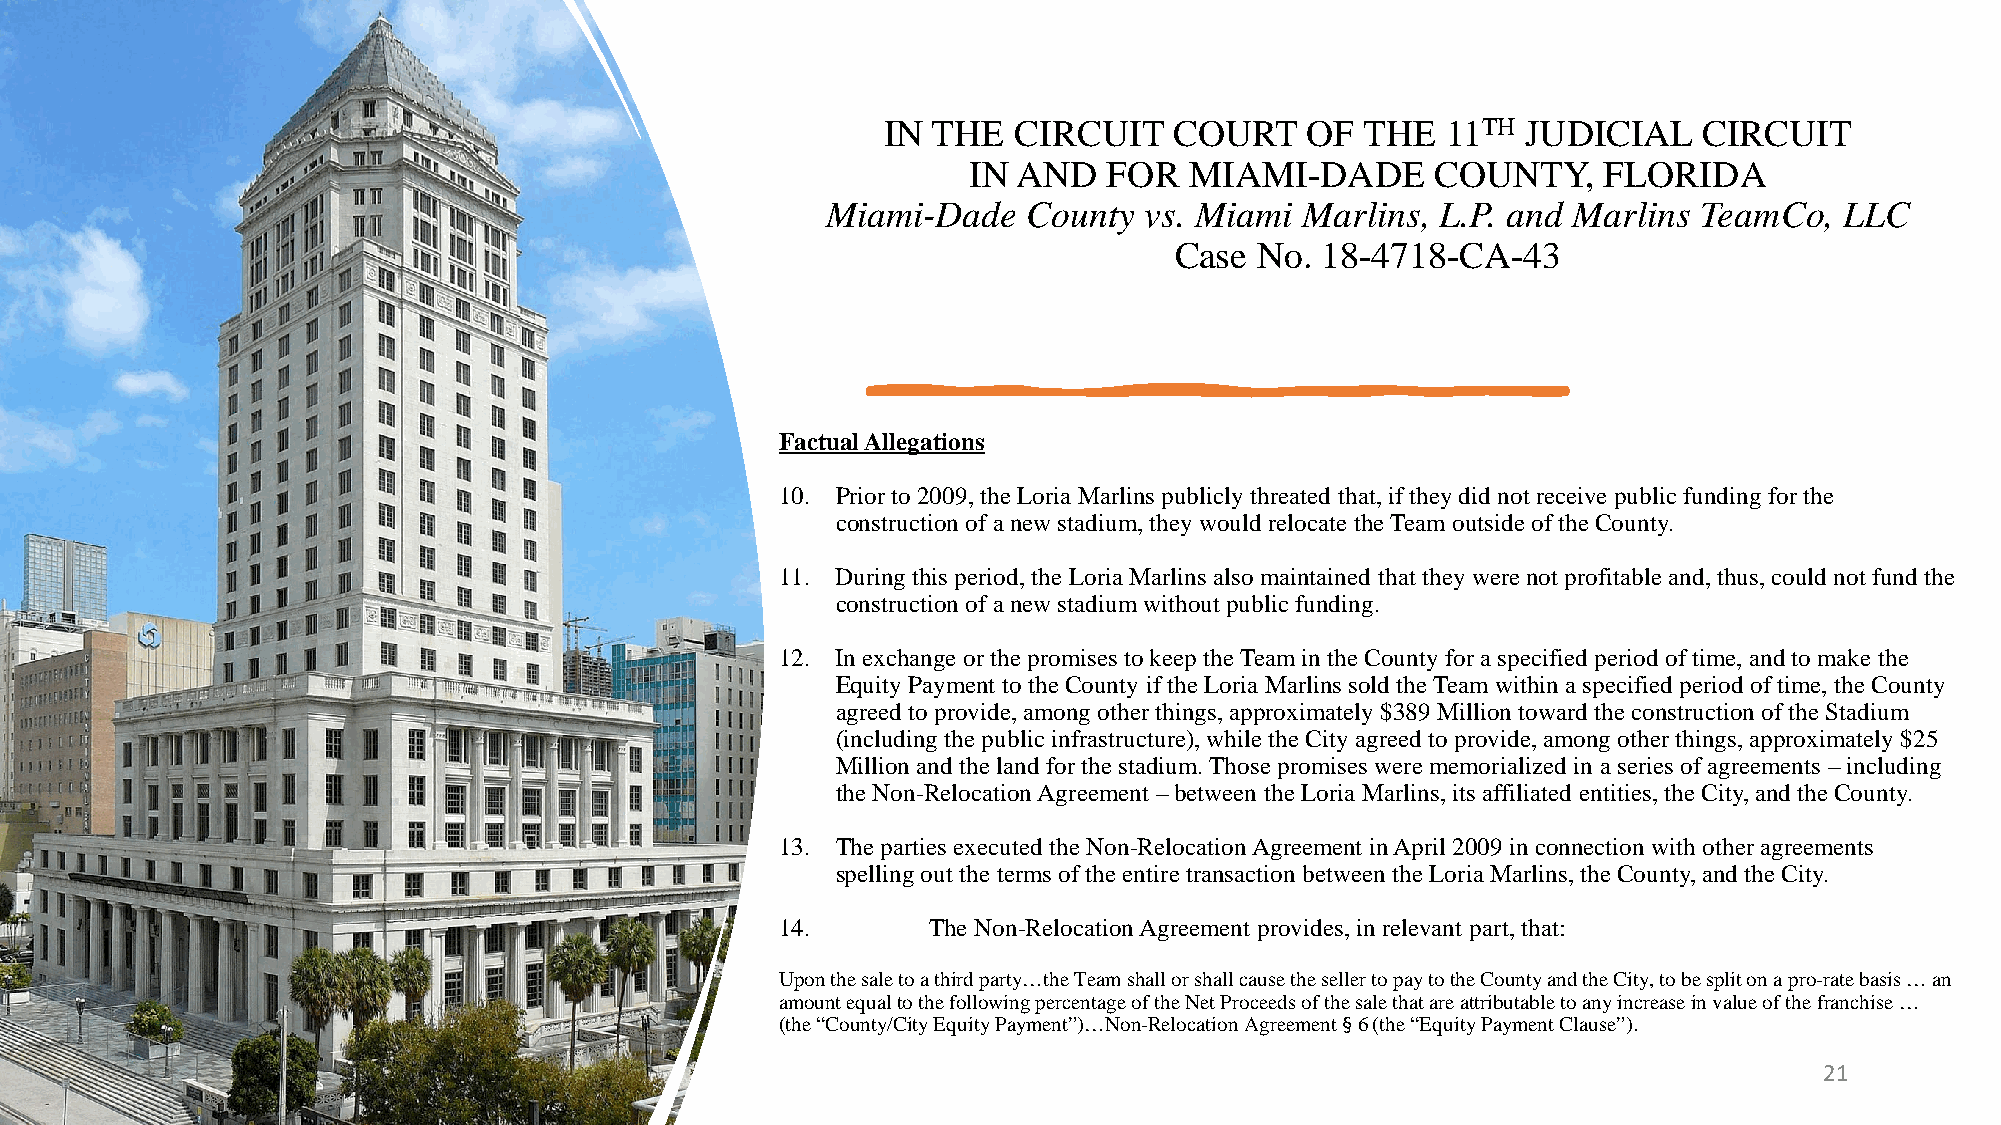
IN THE  CIRCUIT    COURT   OF  THE   11TH JUDICIAL    CIRCUIT
 IN AND   FOR   MIAMI-DADE      COUNTY,    FLORIDA
 Miami-Dade   County  vs. Miami Marlins, L.P. and Marlins  TeamCo,  LLC
 Case No. 18-4718-CA-43
 Factual Allegations
 10. Prior to 2009, the Loria Marlins publicly threated that, if they did not receive public funding for the
 construction of a new stadium, they would relocate the Team outside of the County.
 11. During this period, the Loria Marlins also maintained that they were not profitable and, thus, could not fund the
 construction of a new stadium without public funding.
 12. In exchange or the promises to keep the Team in the County for a specified period of time, and to make the
 Equity Payment to the County if the Loria Marlins sold the Team within a specified period of time, the County
 agreed to provide, among other things, approximately $389 Million toward the construction of the Stadium
 (including the public infrastructure), while the City agreed to provide, among other things, approximately $25
 Million and the land for the stadium. Those promises were memorialized in a series of agreements – including
 the Non-Relocation Agreement – between the Loria Marlins, its affiliated entities, the City, and the County.
 13. The parties executed the Non-Relocation Agreement in April 2009 in connection with other agreements
 spelling out the terms of the entire transaction between the Loria Marlins, the County, and the City.
 14.       The Non-Relocation Agreement provides, in relevant part, that:
 Upon the sale to a third party…the Team shall or shall cause the seller to pay to the County and the City, to be split on a pro-rate basis … an
 amount equal to the following percentage of the Net Proceeds of the sale that are attributable to any increase in value of the franchise …
 (the “County/City Equity Payment”)…Non-Relocation Agreement § 6 (the “Equity Payment Clause”).
 21